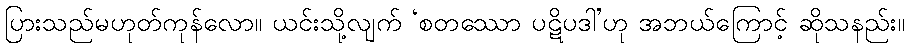
ပြားသည်မဟုတ်ကုန်လော။ ယင်းသို့လျက် ‘စတဿော ပဋိပဒါ’ဟု အဘယ်ကြောင့် ဆိုသနည်း။